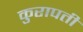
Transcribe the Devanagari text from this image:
कुरापती